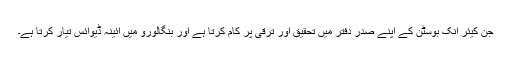
جَن کیئر اِنک بوسٹن کے اپنے صدر دفتر میں تحقیق اور ترقی پر کام کرتا ہے اور بنگالورو میں آئینہ ڈیوائس تیار کرتا ہے۔